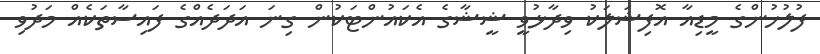
ފުލުހުންގެ މީޑިއާ އޮފިޝަލަކު ވިދާޅުވީ ޝީޝާގެ އެކައުންޓަކުން ގިނަ އަދަދެއްގެ ފައިސާތަކެއް މަދުވި